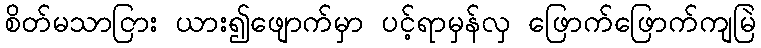
စိတ်မသာငြား ယား၍ဖျောက်မှာ ပင့်ရာမှန်လှ ဖြောက်ဖြောက်ကျမြဲ